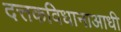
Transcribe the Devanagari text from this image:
दत्तकविधानाआधी